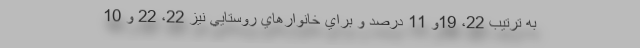
به ترتيب 22، 19و 11 درصد و براي خانوارهاي روستايي نيز 22، 22 و 10